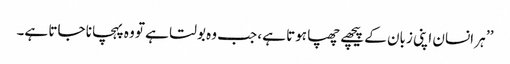
’’ ہر انسان اپنی زبان کے پیچھے چھپا ہوتا ہے، جب وہ بولتا ہے تو وہ پہچانا جاتا ہے۔